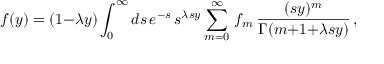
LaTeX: f ( y ) = ( 1 { - } \lambda y ) \int _ { 0 } ^ { \infty } d s \, e ^ { - s } \, s ^ { \lambda s y } \sum _ { m = 0 } ^ { \infty } \, f _ { m } \, { \frac { ( s y ) ^ { m } } { \Gamma ( m { + } 1 { + } \lambda s y ) } } \, ,